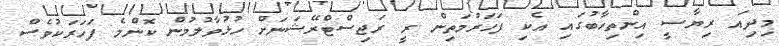
މިދިއަ ރިޔާސީ އިންތިހާބުގައި އެކި ފަހަރުމަތިން ރީ ރަޖިސްޓްރޭޝަނަށް ހުޅުވާލުމުން ކޮންމެ ފަހަރަކުވެސް